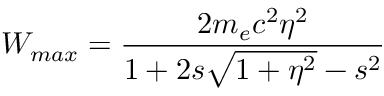
W _ { m a x } = \frac { 2 m _ { e } c ^ { 2 } \eta ^ { 2 } } { 1 + 2 s \sqrt { 1 + \eta ^ { 2 } } - s ^ { 2 } }